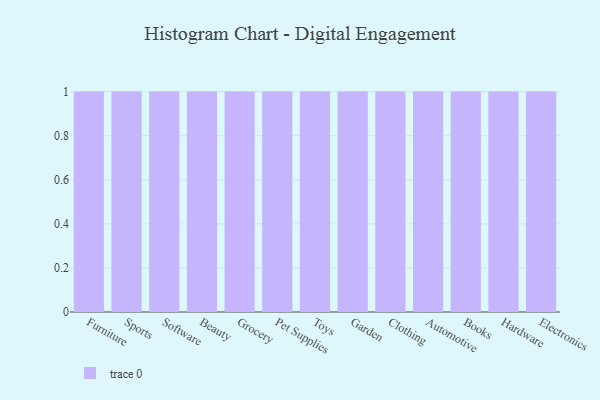
{"axis": {"x": "Category", "y": "Tickets Resolved"}, "legend": [""], "data": [{"x": "Furniture", "y": 83, "type": ""}, {"x": "Sports", "y": 88, "type": ""}, {"x": "Software", "y": 33, "type": ""}, {"x": "Beauty", "y": 10, "type": ""}, {"x": "Grocery", "y": 63, "type": ""}, {"x": "Pet Supplies", "y": 76, "type": ""}, {"x": "Toys", "y": 38, "type": ""}, {"x": "Garden", "y": 50, "type": ""}, {"x": "Clothing", "y": 98, "type": ""}, {"x": "Automotive", "y": 62, "type": ""}, {"x": "Books", "y": 97, "type": ""}, {"x": "Hardware", "y": 46, "type": ""}, {"x": "Electronics", "y": 89, "type": ""}]}